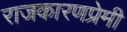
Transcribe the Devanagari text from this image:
राजकारणप्रेमी